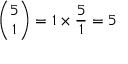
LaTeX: { \binom { 5 } { 1 } } = 1 \times { \frac { 5 } { 1 } } = 5